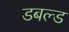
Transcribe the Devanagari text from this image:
डबल्ड